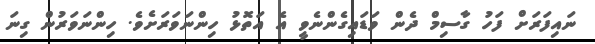
ނައިފަރަށް ފަހު ގާސިމް ދެން ވަޑައިގެންނެވީ އެ އަތޮޅު ހިންނަވަރަށެވެ. ހިންނަވަރުން ގިނަ